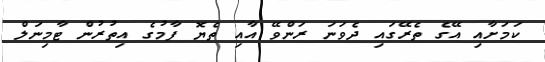
ކަމަށާއި އޭގެ ތެރޭގައި ދެވަނަ ރަންވޭ އާއި ތެޔޮ ފާމުގެ އިތުރުން ޓާމިނަލް